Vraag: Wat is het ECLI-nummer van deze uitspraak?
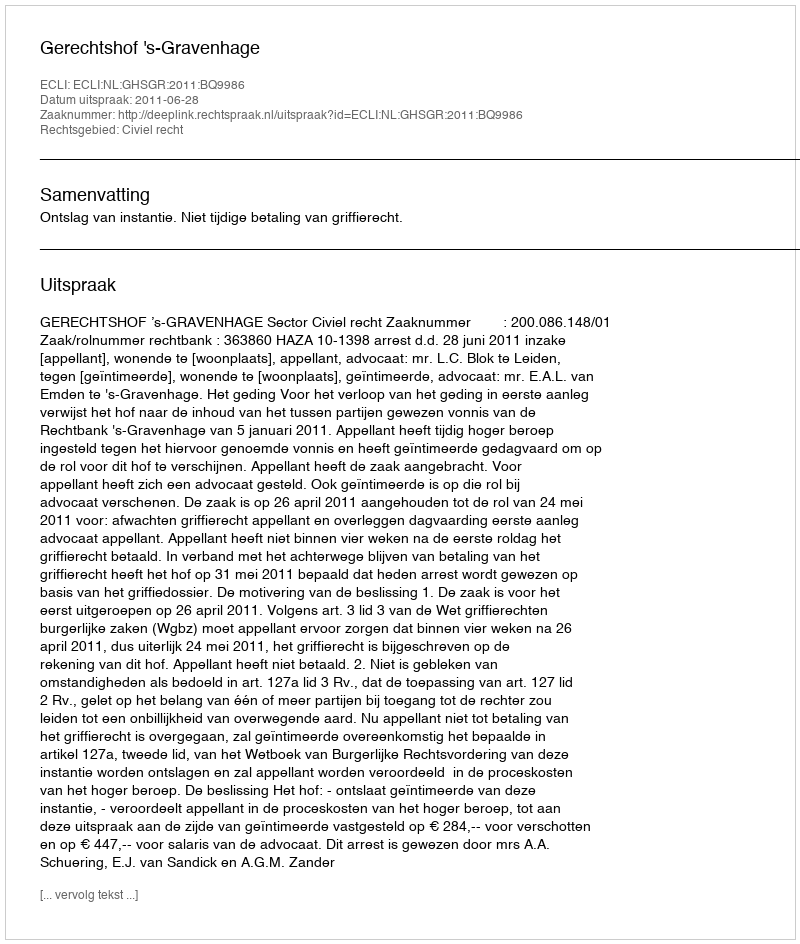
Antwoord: ECLI:NL:GHSGR:2011:BQ9986